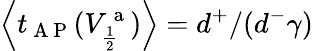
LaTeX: \left\langle t_{\mathrm{~A~P~}}(V_{\frac{1}{2}}^{\mathrm{~a~}})\right\rangle=d^{+}/(d^{-}\gamma)